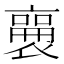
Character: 𬡫